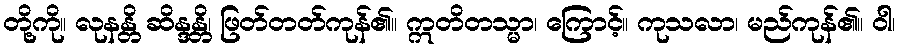
တို့ကို။ လုနန္တိ ဆိန္ဒန္တိ၊ ဖြတ်တတ်ကုန်၏။ ဣတိတသ္မာ၊ ကြောင့်။ ကုသလာ၊ မည်ကုန်၏။ ဝါ၊